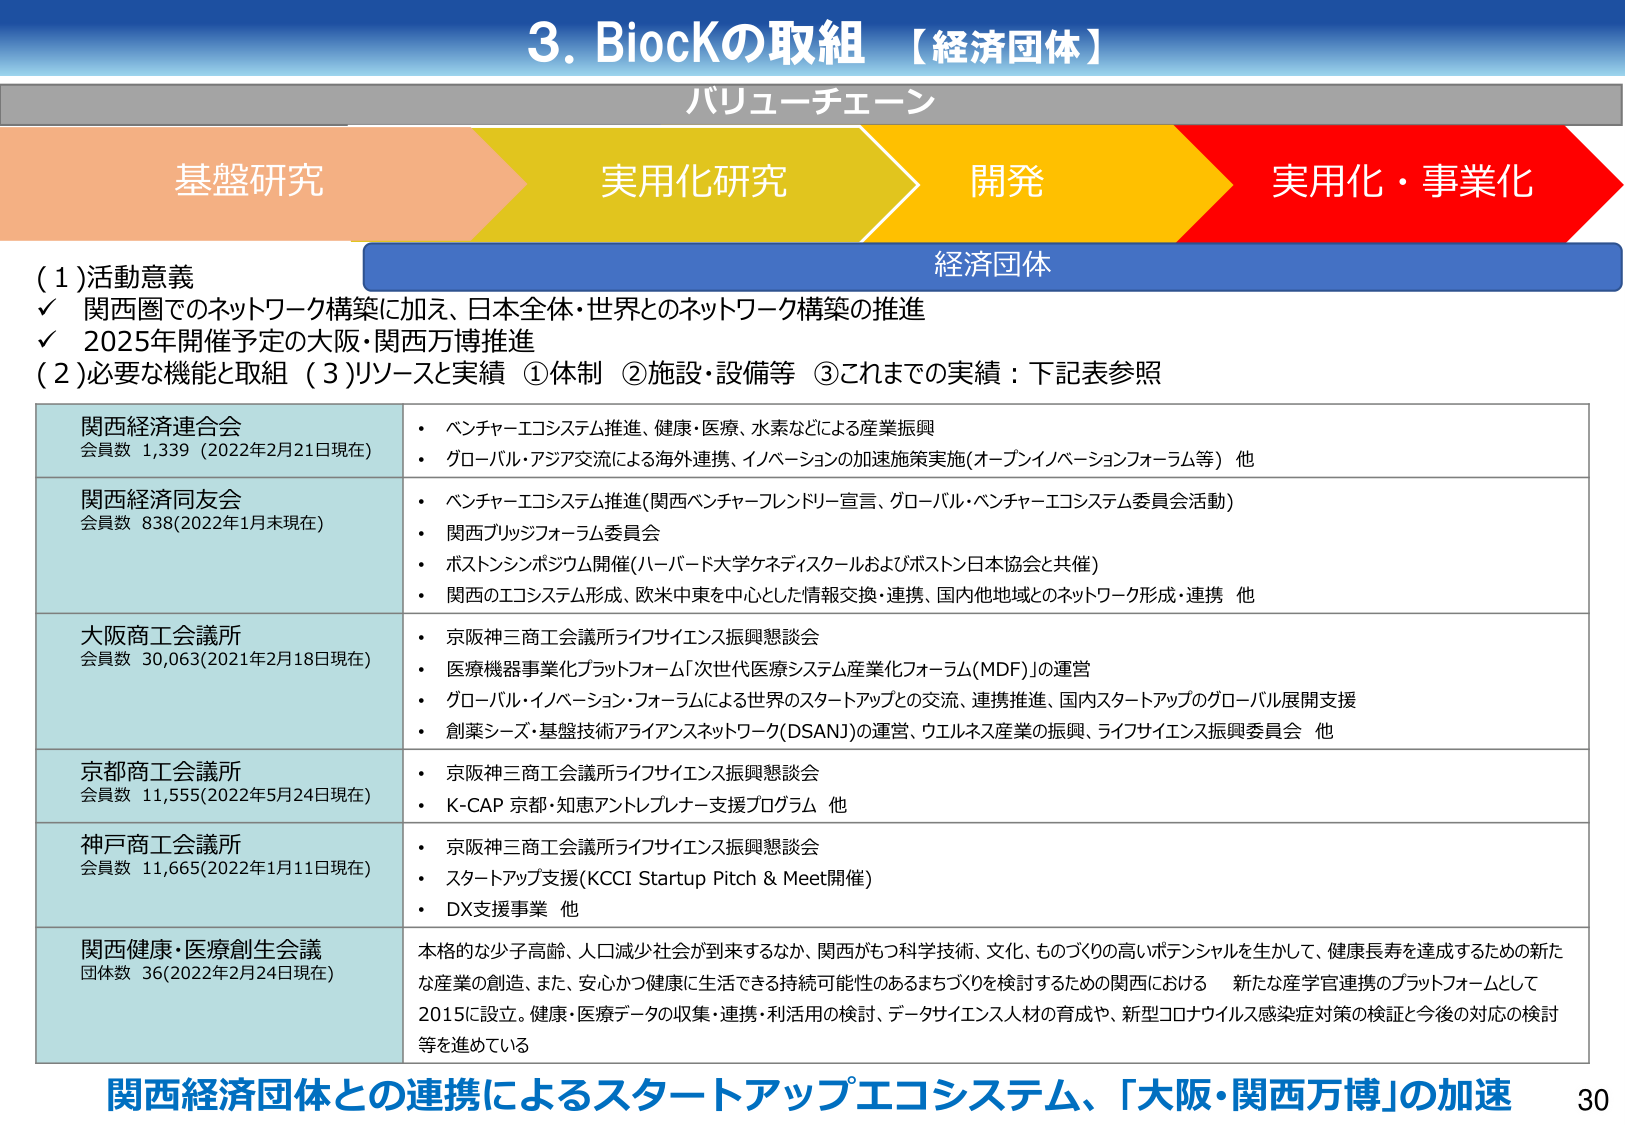
3. BiocKの取組 【経済団体】
バリューチェーン
基盤研究 実用化研究 開発 実用化・事業化
経済団体
(1)活動意義
✓ 関西圏でのネットワーク構築に加え、日本全体・世界とのネットワーク構築の推進
✓ 2025年開催予定の大阪・関西万博推進
(2)必要な機能と取組 (3)リソースと実績 ①体制 ②施設・設備等 ③これまでの実績：下記表参照
関西経済連合会
会員数 1,339 (2022年2月21日現在)
・ ベンチャー・エコシステム推進、健康・医療、水素などによる産業振興
・ グローバル・アジア交流による海外連携、イノベーションの加速施策実施(オープンイノベーションフォーラム等) 他
関西経済同友会
会員数 838(2022年1月末現在)
・ ベンチャー・エコシステム推進(関西ベンチャーフレンドリー宣言、グローバル・ベンチャー・エコシステム委員会活動)
・ 関西ブリッジフォーラム委員会
・ ポストシンポジウム開催(ハーバード大学ケネディスクールおよびボストン日本協会と共催)
・ 関西のエコシステム形成、欧米中東を中心とした情報交換・連携、国内他地域とのネットワーク形成・連携 他
大阪商工会議所
会員数 30,063(2021年2月18日現在)
・ 京阪神三商工会議所ライフサイエンス振興懇談会
・ 医療機器事業化プラットフォーム「次世代医療システム産業化フォーラム(MDF)」の運営
・ グローバル・イノベーション・フォーラムによる世界のスタートアップとの交流、連携推進、国内スタートアップのグローバル展開支援
・ 創薬シーズ・基盤技術アライアンスネットワーク(DSANJ)の運営、ウエルネス産業の振興、ライフサイエンス振興委員会 他
京都商工会議所
会員数 11,555(2022年5月24日現在)
・ 京阪神三商工会議所ライフサイエンス振興懇談会
・ K-CAP 京都・知恵アントレプレナー支援プログラム 他
神戸商工会議所
会員数 11,665(2022年1月11日現在)
・ 京阪神三商工会議所ライフサイエンス振興懇談会
・ スタートアップ支援(KCCI Startup Pitch & Meet開催)
・ DX支援事業 他
関西健康・医療創生会議
団体数 36(2022年2月24日現在)
本格的な少子高齢、人口減少社会が到来するなか、関西がもつ科学技術、文化、ものづくりの高いポテンシャルを生かして、健康長寿を達成するための新たな産業の創造、また、安心かつ健康に生活できる持続可能性のあるまちづくりを検討するための関西における 新たな産業官連携のプラットフォームとして 2015に設立。健康・医療データの収集・連携・利活用の検討、データサイエンス人材の育成や、新型コロナウイルス感染症対策の検証と今後の対応の検討 等を進めている
関西経済団体との連携によるスタートアップエコシステム、「大阪・関西万博」の加速
30